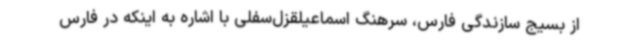
از بسیج سازندگی فارس، سرهنگ اسماعیلقزل‌سفلی با اشاره به اینکه در فارس